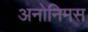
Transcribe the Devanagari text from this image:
अनोनिमस